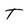
Character: T